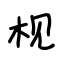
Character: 枧